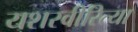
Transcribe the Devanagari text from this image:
यशस्‍वीरित्‍या